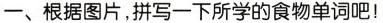
一、根据图片,拼写一下所学的食物单词吧!